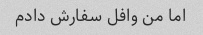
اما من وافل سفارش دادم